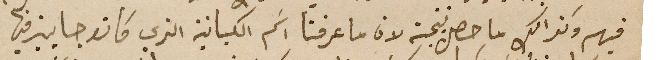
فيهم وكذالك ما حصل نتيجة لان ما عرفنا اسَم الكبانية الذي كانو جايين فيها